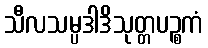
သီလသမ္ပဒါဒိသုတ္တပဉ္စကံ